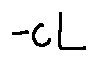
- c L